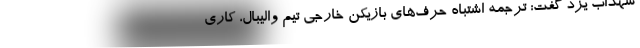
شهداب یزد گفت: ترجمه اشتباه حرف‌های بازیکن خارجی تیم والیبال، کاری